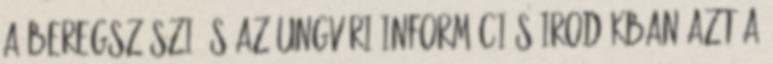
a Beregszászi és az Ungvári Információs Irodákban azt a